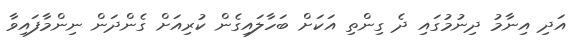
އަދި އިނާމު ދިނުމުގައި ދެ ގިންތި އަކަށް ބަހާލައިގެން ކުރިއަށް ގެންދަން ނިންމާފައިވާ